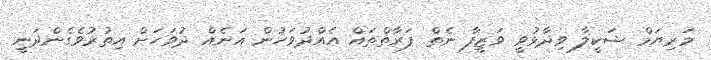
މަރިޔަމް ޝަކީލާ ވިދާޅުވީ ވަޒީފާ ނެތް ފަރާތްތައް އެއްދުވަހުން އަނެއް ދުވަހަށް އިތުރުވެގެންދަނީ